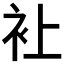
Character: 𧘕